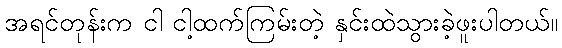
အရင်တုန်းက ငါ ငါ့ထက်ကြမ်းတဲ့ နှင်းထဲသွားခဲ့ဖူးပါတယ်။